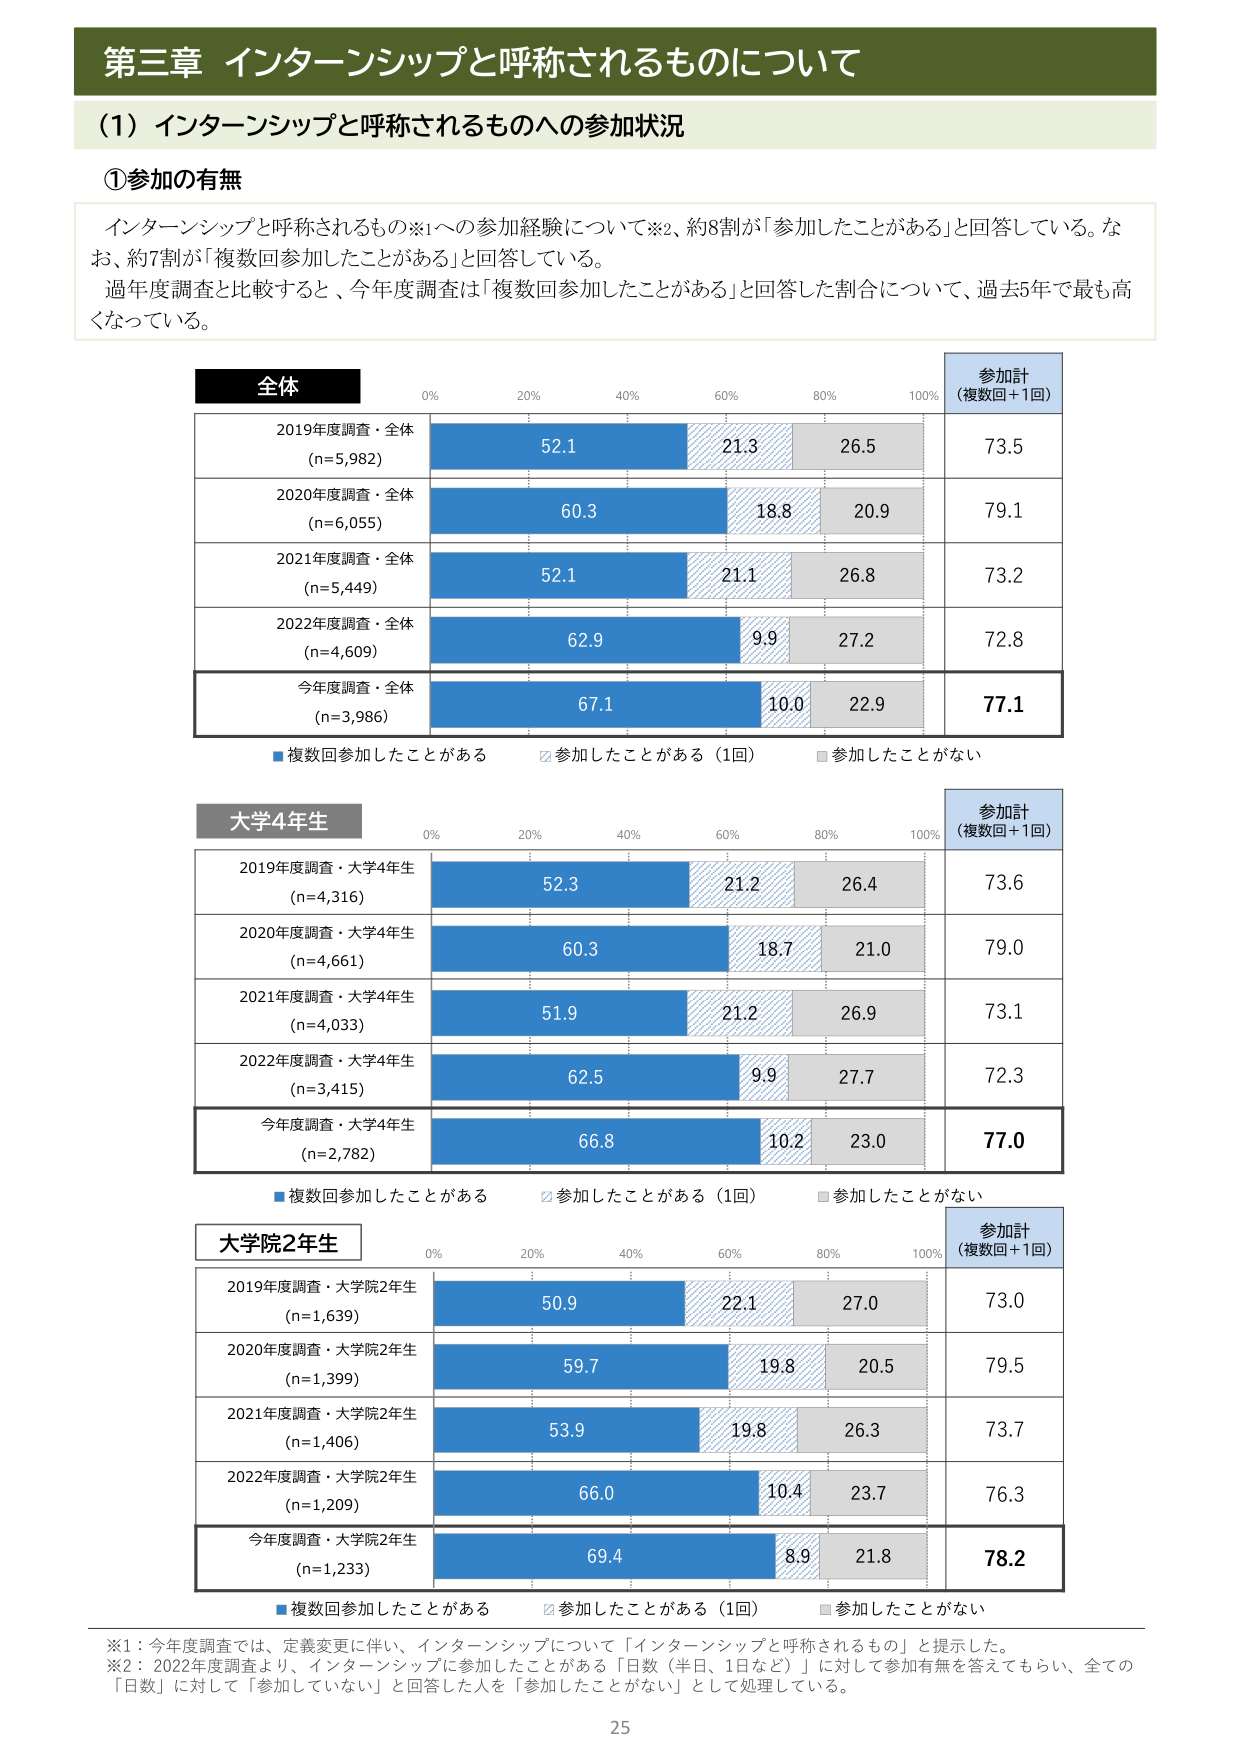
第三章 インターンシップと呼称されるものについて

(1) インターンシップと呼称されるものへの参加状況

①参加の有無

インターンシップと呼称されるもの※1への参加経験について※2、約8割が「参加したことがある」と回答している。なお、約7割が「複数回参加したことがある」と回答している。
過年度調査と比較すると、今年度調査は「複数回参加したことがある」と回答した割合について、過去5年で最も高くなっている。

全体
0% 20% 40% 60% 80% 100%
参加計
(複数回＋1回)

2019年度調査・全体
(n=5,982)
52.1 21.3 26.5 73.5

2020年度調査・全体
(n=6,055)
60.3 18.8 20.9 79.1

2021年度調査・全体
(n=5,449)
52.1 21.1 26.8 73.2

2022年度調査・全体
(n=4,609)
62.9 9.9 27.2 72.8

今年度調査・全体
(n=3,986)
67.1 10.0 22.9 77.1

■複数回参加したことがある □参加したことがある（1回） ■参加したことがない

大学4年生
0% 20% 40% 60% 80% 100%
参加計
(複数回＋1回)

2019年度調査・大学4年生
(n=4,316)
52.3 21.2 26.4 73.6

2020年度調査・大学4年生
(n=4,661)
60.3 18.7 21.0 79.0

2021年度調査・大学4年生
(n=4,033)
51.9 21.2 26.9 73.1

2022年度調査・大学4年生
(n=3,415)
62.5 9.9 27.7 72.3

今年度調査・大学4年生
(n=2,782)
66.8 10.2 23.0 77.0

■複数回参加したことがある □参加したことがある（1回） ■参加したことがない

大学院2年生
0% 20% 40% 60% 80% 100%
参加計
(複数回＋1回)

2019年度調査・大学院2年生
(n=1,639)
50.9 22.1 27.0 73.0

2020年度調査・大学院2年生
(n=1,399)
59.7 19.8 20.5 79.5

2021年度調査・大学院2年生
(n=1,406)
53.9 19.8 26.3 73.7

2022年度調査・大学院2年生
(n=1,209)
66.0 10.4 23.7 76.3

今年度調査・大学院2年生
(n=1,233)
69.4 8.9 21.8 78.2

■複数回参加したことがある □参加したことがある（1回） ■参加したことがない

※1：今年度調査では、定義変更に伴い、インターンシップについて「インターンシップと呼称されるもの」と提示した。
※2：2022年度調査より、インターンシップに参加したことがある「日数（半日、1日など）」に対して参加有無を答えてもらい、全ての「日数」に対して「参加していない」と回答した人を「参加したことがない」として処理している。

25